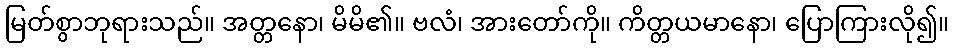
မြတ်စွာဘုရားသည်။ အတ္တနော၊ မိမိ၏။ ဗလံ၊ အားတော်ကို။ ကိတ္တယမာနော၊ ပြောကြားလို၍။